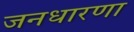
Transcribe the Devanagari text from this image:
जनधारणा